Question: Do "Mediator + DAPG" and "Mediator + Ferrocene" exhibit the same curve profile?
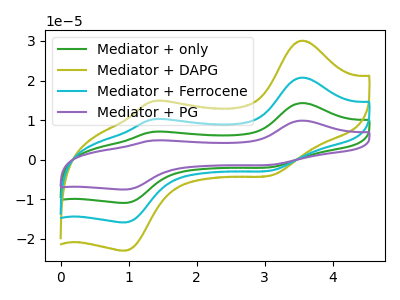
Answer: <think>The green curve "Mediator + only" has anodic peaks at (3.55V, 41.50uA) (1.35V, 20.40uA) and cathodic peaks at (3.10V, -5.55uA) (0.95V, -31.75uA). The olive curve "Mediator + DAPG" has anodic peaks at (3.55V, 30.10uA) (1.35V, 14.75uA) and cathodic peaks at (3.10V, -4.00uA) (0.95V, -23.00uA). The cyan curve "Mediator + Ferrocene" has anodic peaks at (3.55V, 20.75uA) (1.35V, 10.20uA) and cathodic peaks at (3.10V, -2.75uA) (0.95V, -15.85uA). The purple curve "Mediator + PG" has anodic peaks at (3.55V, 62.25uA) (1.35V, 30.55uA) and cathodic peaks at (3.10V, -8.30uA) (0.95V, -47.60uA).
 All the peaks in "Mediator + DAPG" have a peak in "Mediator + Ferrocene" at the same potential. Every peak in "Mediator + DAPG" is higher than every peak in "Mediator + Ferrocene".</think>
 <answer>"Mediator + DAPG" and "Mediator + Ferrocene" are similar in shape.</answer>
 <eval>same_shape</eval>